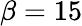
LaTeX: \beta=15